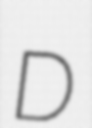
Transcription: D